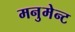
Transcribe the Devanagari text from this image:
मनुमेन्ट